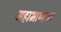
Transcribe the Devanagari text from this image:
महाभाष्यावर